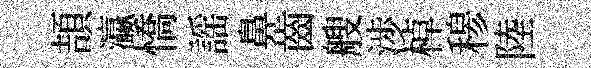
頡瀛憍謡鼻齒艘渉棹𥠇陸